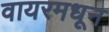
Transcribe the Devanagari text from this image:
वायरमधून